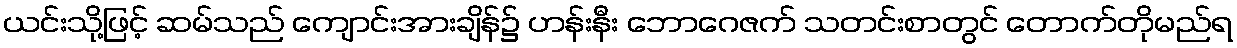
ယင်းသို့ဖြင့် ဆမ်သည် ကျောင်းအားချိန်၌ ဟန်းနီး ဘောဂေဇက် သတင်းစာတွင် တောက်တိုမည်ရ